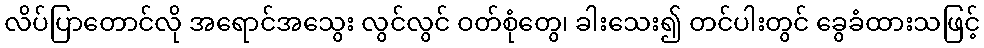
လိပ်ပြာတောင်လို အရောင်အသွေး လွင်လွင် ဝတ်စုံတွေ၊ ခါးသေး၍ တင်ပါးတွင် ခွေခံထားသဖြင့်